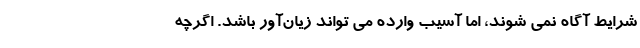
شرایط آگاه نمی شوند، اما آسیب وارده می تواند زیان‌آور باشد. اگرچه